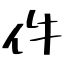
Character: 件